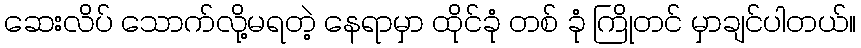
ဆေးလိပ် သောက်လို့မရတဲ့ နေရာမှာ ထိုင်ခုံ တစ် ခုံ ကြိုတင် မှာချင်ပါတယ်။